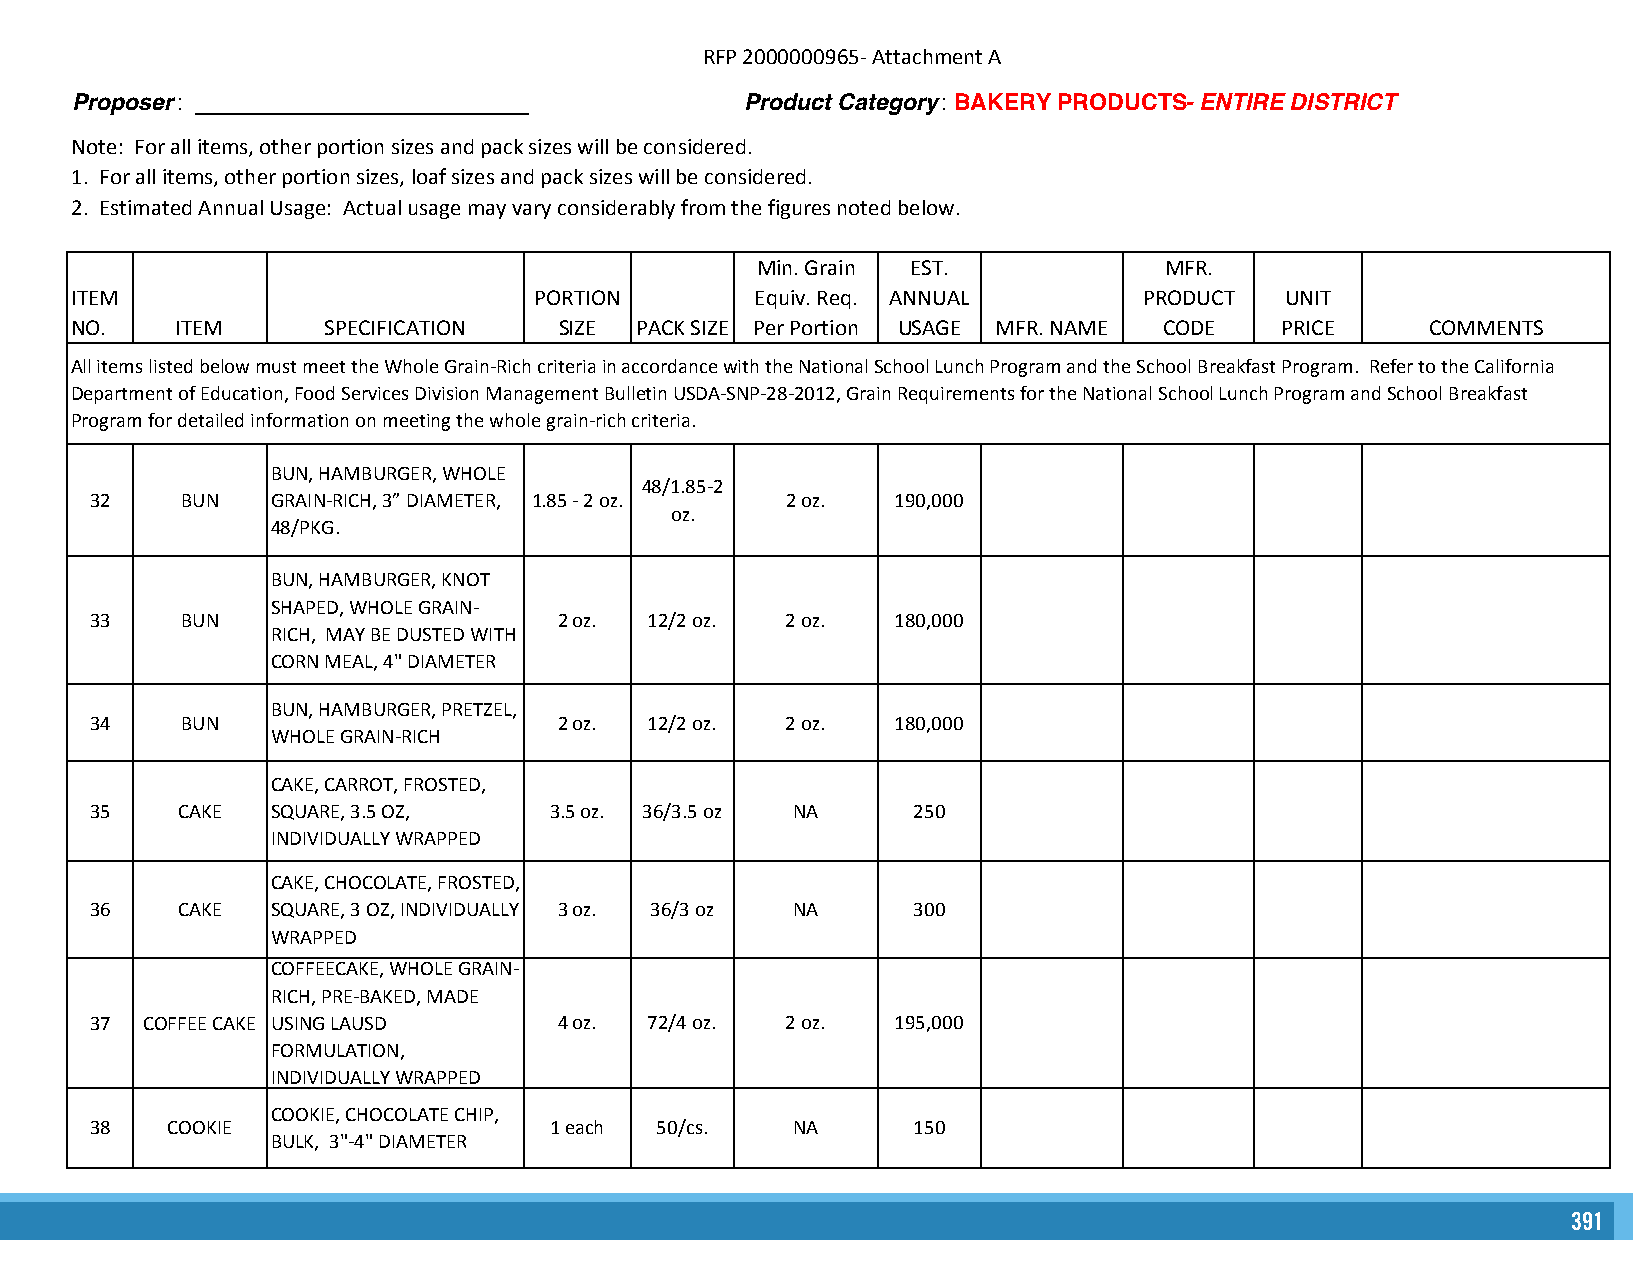
RFP 2000000965- Attachment A
 Proposer : __________________________       Product Category : BAKERY PRODUCTS- ENTIRE DISTRICT
 Note: For all items, other portion sizes and pack sizes will be considered.
 1. For all items, other portion sizes, loaf sizes and pack sizes will be considered.
 2. Estimated Annual Usage: Actual usage may vary considerably from the figures noted below.
 Min. Grain EST.            MFR.
 ITEM                          PORTION        Equiv. Req. ANNUAL        PRODUCT  UNIT
 NO.    ITEM      SPECIFICATION  SIZE PACK SIZE Per Portion USAGE MFR. NAME CODE PRICE     COMMENTS
 All items listed below must meet the Whole Grain-Rich criteria in accordance with the National School Lunch Program and the School Breakfast Program. Refer to the California
 Department of Education, Food Services Division Management Bulletin USDA-SNP-28-2012, Grain Requirements for the National School Lunch Program and School Breakfast
 Program for detailed information on meeting the whole grain-rich criteria.
 BUN, HAMBURGER, WHOLE
 48/1.85-2
 32    BUN   GRAIN-RICH, 3” DIAMETER, 1.85 - 2 oz. 2 oz. 190,000
 oz.
 48/PKG.
 BUN, HAMBURGER, KNOT
 SHAPED, WHOLE GRAIN-
 33    BUN                      2 oz. 12/2 oz. 2 oz.  180,000
 RICH, MAY BE DUSTED WITH
 CORN MEAL, 4" DIAMETER
 BUN, HAMBURGER, PRETZEL,
 34    BUN                      2 oz. 12/2 oz. 2 oz.  180,000
 WHOLE GRAIN-RICH
 CAKE, CARROT, FROSTED,
 35    CAKE  SQUARE, 3.5 OZ,   3.5 oz. 36/3.5 oz NA    250
 INDIVIDUALLY WRAPPED
 CAKE, CHOCOLATE, FROSTED,
 36    CAKE  SQUARE, 3 OZ, INDIVIDUALLY 3 oz. 36/3 oz NA 300
 WRAPPED
 COFFEECAKE, WHOLE GRAIN-
 RICH, PRE-BAKED, MADE
 37  COFFEE CAKE USING LAUSD    4 oz. 72/4 oz. 2 oz.  195,000
 FORMULATION,
 INDIVIDUALLY WRAPPED
 COOKIE, CHOCOLATE CHIP,
 38   COOKIE                   1 each 50/cs.   NA      150
 BULK, 3"-4" DIAMETER
 391